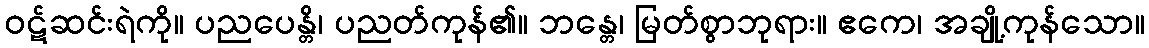
ဝဋ်ဆင်းရဲကို။ ပညပေန္တိ၊ ပညတ်ကုန်၏။ ဘန္တေ၊ မြတ်စွာဘုရား။ ဧကေ၊ အချို့ကုန်သော။